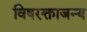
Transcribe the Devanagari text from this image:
विषरक्ताजन्य